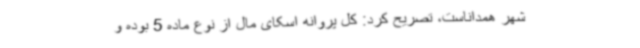
شهر همداناست، تصریح کرد: کل پروانه اسکای مال از نوع ماده 5 بوده و